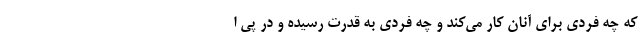
که چه فردی برای آنان کار می‌کند و چه فردی به قدرت رسیده و در پی ا